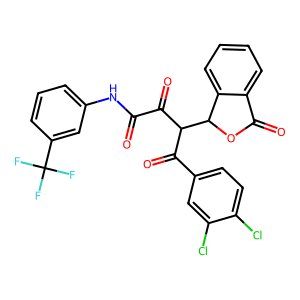
SMILES: O=C(Nc1cccc(C(F)(F)F)c1)C(=O)C(C(=O)c1ccc(Cl)c(Cl)c1)C1OC(=O)c2ccccc21
Inhibits HIV replication: No